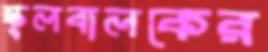
স্কুলবালকের